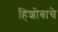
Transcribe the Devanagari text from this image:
हिशोबाचे